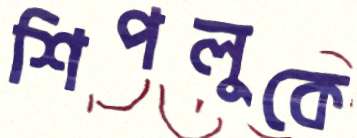
শিপলুকে